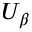
U _ { \beta }